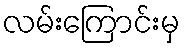
လမ်းကြောင်းမှ